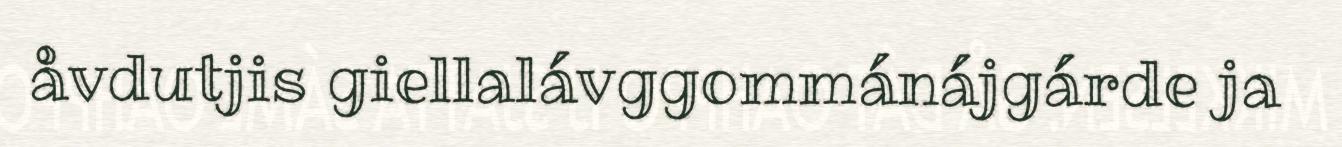
åvdutjis giellalávggommánájgárde ja